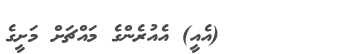
٣٣      (އެއީ) އެއުރެންގެ މައްޗަށް މަށީގެ